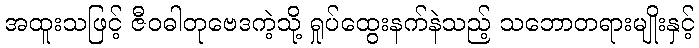
အထူးသဖြင့် ဇီဝဓါတုဗေဒကဲ့သို့ ရှုပ်ထွေးနက်နဲသည့် သဘောတရားမျိုးနှင့်